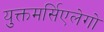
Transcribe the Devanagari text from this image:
युक्तमर्सिएलेगो